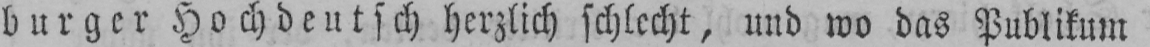
burger Hochdeutsch herzlich schlecht, und wo das Publikum